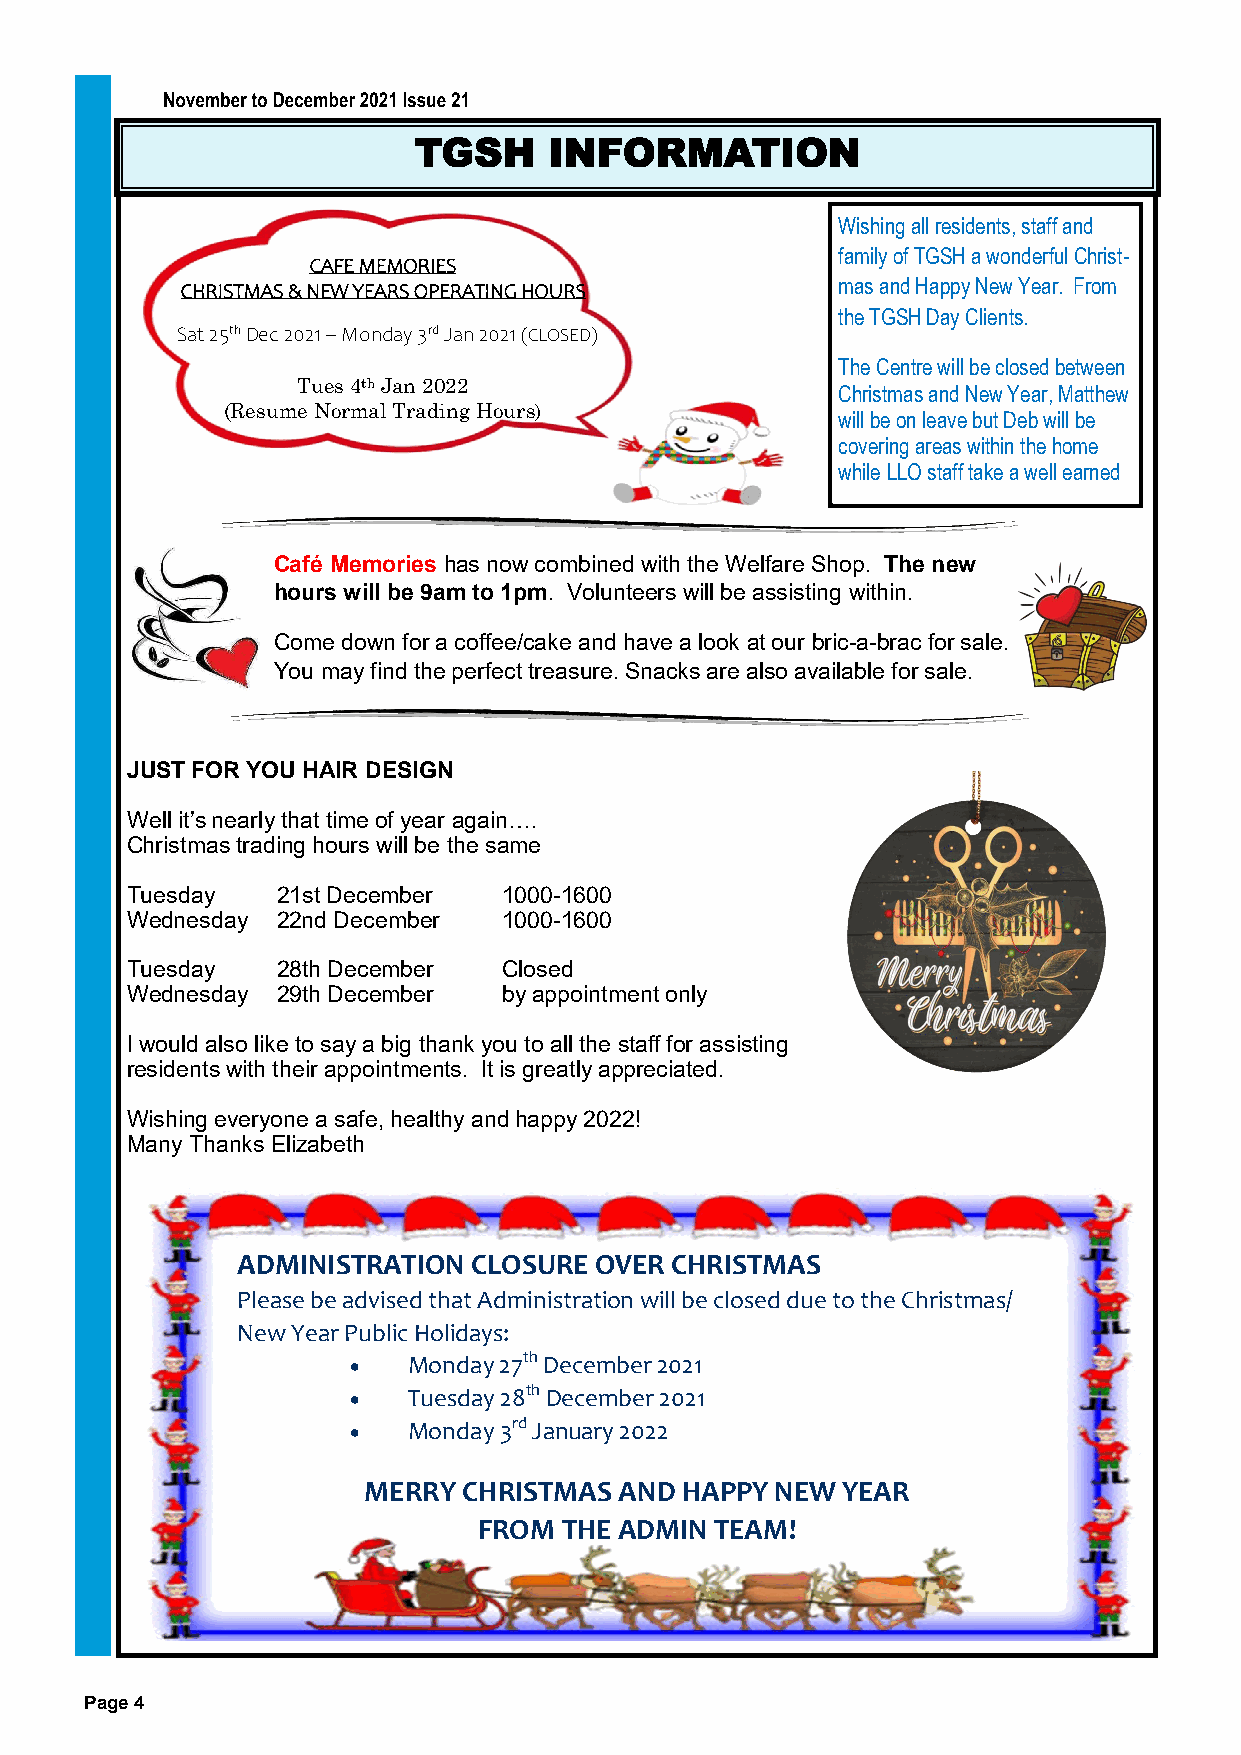
TGSH     INFORMATION
 Wishing all residents, staff and
 family of TGSH a wonderful Christ-
 CAFE MEMORIES
 mas and Happy New Year. From
 CHRISTMAS & NEW YEARS OPERATING HOURS
 the TGSH Day Clients.
 Sat 25th Dec 2021 – Monday 3rd Jan 2021 (CLOSED)
 The Centre will be closed between
 Tues 4th Jan 2022
 Christmas and New Year, Matthew
 (Resume Normal Trading Hours)
 will be on leave but Deb will be
 covering areas within the home
 while LLO staff take a well earned
 Café Memories has now combined with the Welfare Shop. The new
 hours will be 9am to 1pm. Volunteers will be assisting within.
 Come down for a coffee/cake and have a look at our bric-a-brac for sale.
 You may find the perfect treasure. Snacks are also available for sale.
 JUST FOR YOU HAIR DESIGN
 Well it’s nearly that time of year again….
 Christmas trading hours will be the same
 Tuesday   21st December  1000-1600
 Wednesday 22nd December  1000-1600
 Tuesday   28th December  Closed
 Wednesday 29th December  by appointment only
 I would also like to say a big thank you to all the staff for assisting
 residents with their appointments. It is greatly appreciated.
 Wishing everyone a safe, healthy and happy 2022!
 Many Thanks Elizabeth
 ADMINISTRATION CLOSURE OVER CHRISTMAS
 Please be advised that Administration will be closed due to the Christmas/
 New Year Public Holidays:
 •   Monday 27th December 2021
 •   Tuesday 28th December 2021
 •   Monday 3rd January 2022
 MERRY  CHRISTMAS AND HAPPY NEW  YEAR
 FROM THE ADMIN TEAM!
 Page 4